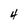
Character: 4